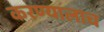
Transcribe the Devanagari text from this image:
करण्यालाच